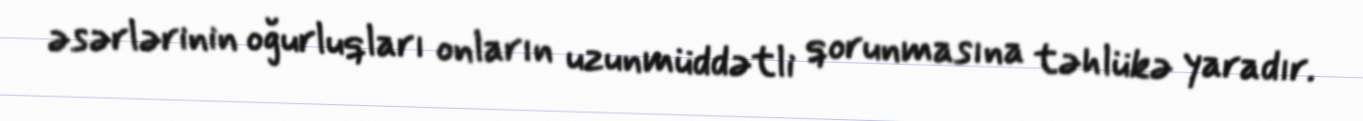
əsərlərinin oğurluqları onların uzunmüddətli qorunmasına təhlükə yaradır.